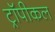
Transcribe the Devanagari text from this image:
ट्रॉपीकल